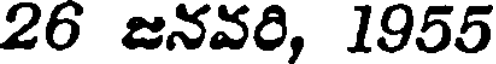
26 జనవరి, 1955